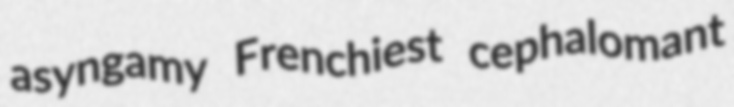
asyngamy Frenchiest cephalomant